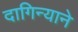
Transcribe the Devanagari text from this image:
दागिन्याने